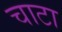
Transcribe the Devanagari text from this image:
चाटा